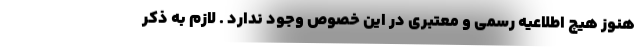
هنوز هیچ اطلاعیه رسمی و معتبری در این خصوص وجود ندارد . لازم به ذکر